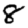
Digit: 8